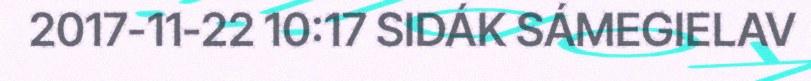
2017-11-22 10:17 SIDÁK SÁMEGIELAV